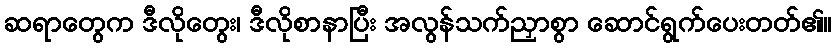
ဆရာတွေက ဒီလိုတွေး၊ ဒီလိုစာနာပြီး အလွန်သက်ညှာစွာ ဆောင်ရွက်ပေးတတ်၏။